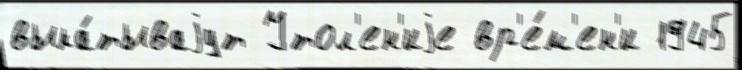
выка́тываjут Утол'ен'иjе вр'е́м'ен'и 1945